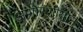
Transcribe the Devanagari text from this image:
अणोरणीयान्‌